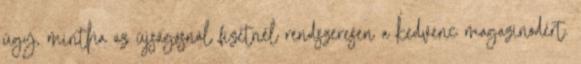
úgy, mintha az újságosnál fizetnél rendszeresen a kedvenc magazinodért.